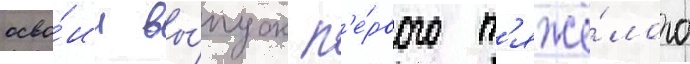
осво́ил вы́пуск п'е́рвого т'яжё́лого